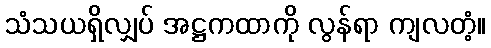
သံသယရှိလျှပ် အဋ္ဌကထာကို လွန်ရာ ကျလတံ့။